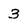
Character: 3